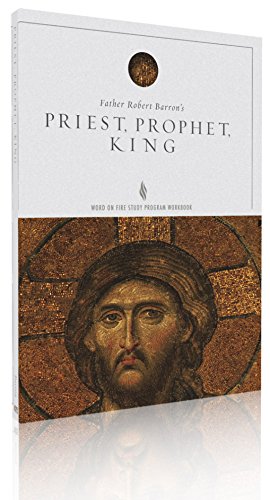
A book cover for Priest, Prophet, King Study Guide; Bishop Robert Barron; Christian Books & Bibles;